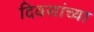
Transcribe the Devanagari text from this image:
दिवसांच्‍या